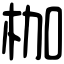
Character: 枷